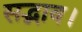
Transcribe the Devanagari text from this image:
सद्भाव।